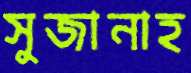
সুজানাহ